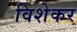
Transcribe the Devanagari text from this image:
विशेकर